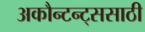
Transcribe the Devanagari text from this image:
अकौन्टन्ट्‌ससाठी